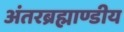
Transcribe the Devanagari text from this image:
अंतरब्रह्माण्डीय